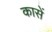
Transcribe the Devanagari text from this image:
कासें